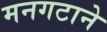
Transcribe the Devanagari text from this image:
मनगटाने